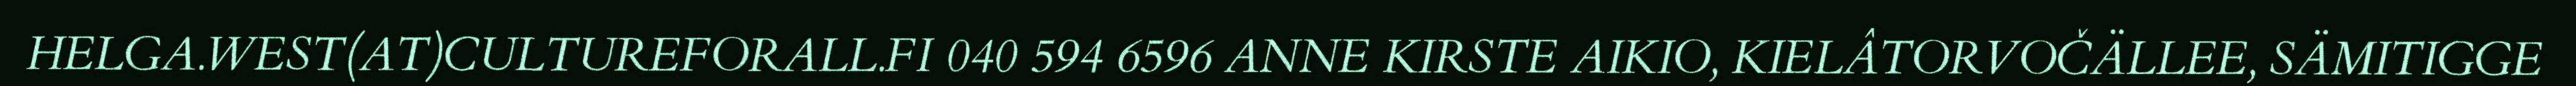
HELGA.WEST(AT)CULTUREFORALL.FI 040 594 6596 ANNE KIRSTE AIKIO, KIELÂTORVOČÄLLEE, SÄMITIGGE